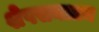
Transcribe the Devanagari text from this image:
शेषसनातन